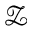
\mathcal { Z }